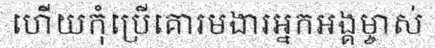
ហើយកុំប្រើគោរមងារអ្នកអង្គម្ចាស់